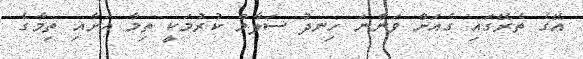
އޭގެ ތެރޭގައި ގެއަށް ވަންނަ ހިނދު ސަލާމް ކުރުމަކީ ތިމާ އަށާއި ތިމާގެ